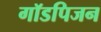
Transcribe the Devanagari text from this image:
गॉडपिजन